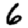
Digit: 6